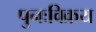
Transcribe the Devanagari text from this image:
पुनःविक्रय